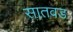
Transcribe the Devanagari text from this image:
सातवड